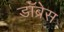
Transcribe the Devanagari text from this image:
डॉब्रेस